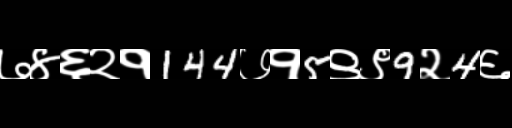
Text: ७४६२१144७१5९९9२4६